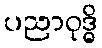
ပညာဝုဒ္ဓိ